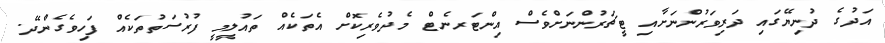
އަދުގެ ދުނިޔޭގައި ދަރިވަރުންނަށާއި ޓީޗަރުންނަށްވެސް އިންޓަރނެޓް މެދުވެރިކޮށް އެތަކެއް ތައުލީމީ ފުރުސަތުތަކެއް ފަހިވެގެންދޭ.